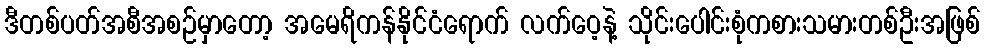
ဒီတစ်ပတ်အစီအစဉ်မှာတော့ အမေရိကန်နိုင်ငံရောက် လက်ဝေ့နဲ့ သိုင်းပေါင်းစုံကစားသမားတစ်ဦးအဖြစ်